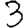
Digit: 3